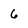
Character: 6